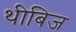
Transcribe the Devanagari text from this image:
थीबिज